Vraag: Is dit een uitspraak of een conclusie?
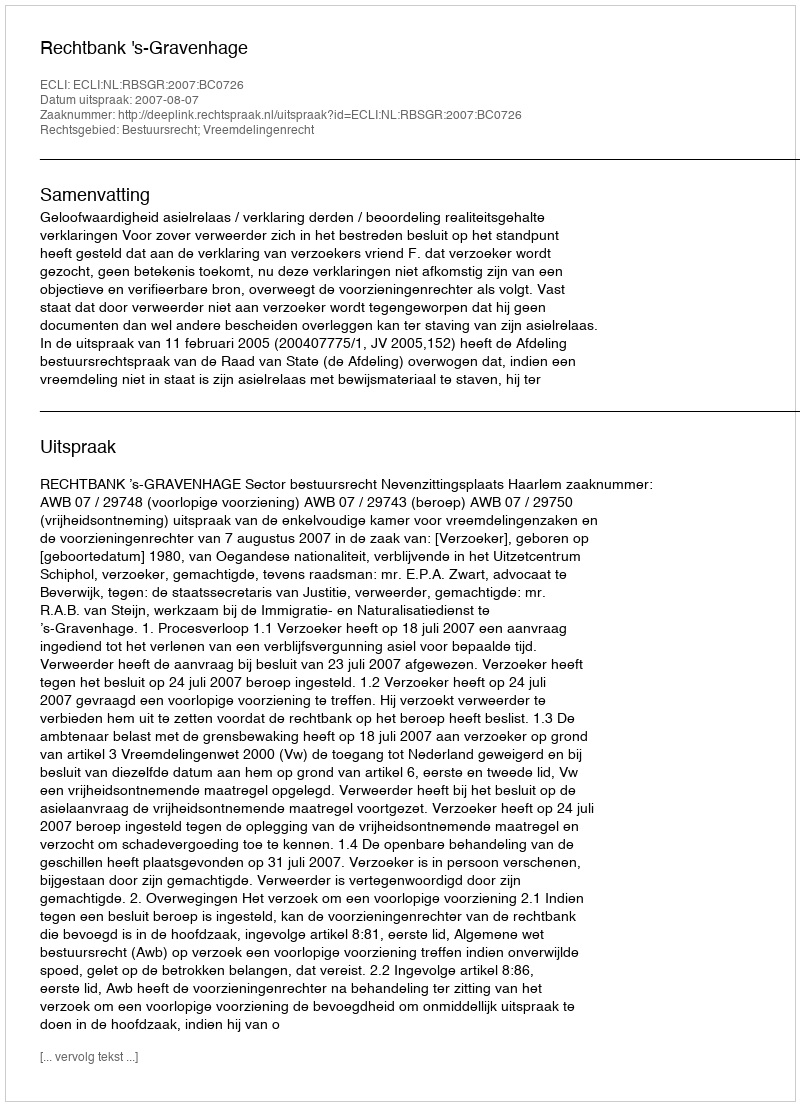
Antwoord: Uitspraak